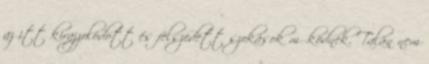
az itt kirajzolódott és felszedett szokások működnek. Talán nem